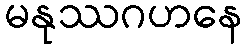
မနုဿဂဟနေ